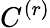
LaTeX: C^{(r)}